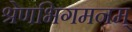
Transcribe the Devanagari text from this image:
श्रेणभिगमनम्